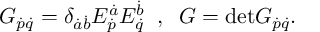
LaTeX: G _ { \dot { p } \dot { q } } = \delta _ { \dot { a } \dot { b } } E _ { \dot { p } } ^ { \dot { a } } E _ { \dot { q } } ^ { \dot { b } } \; \; , \; \; G = \mathrm { d e t } G _ { \dot { p } \dot { q } } .